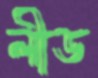
লীড